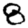
Digit: 8